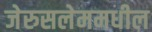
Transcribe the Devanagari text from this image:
जेरुसलेममधील